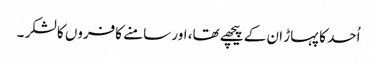
اُحد کا پہاڑ ان کے پیچھے تھا، اور سامنے کافروں کا لشکر ۔